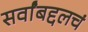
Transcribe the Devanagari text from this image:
सर्वांबद्दलचं